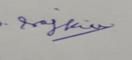
Signature authenticity: genuine